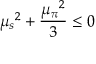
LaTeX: { \mu _ { s } } ^ { 2 } + \frac { { \mu _ { \pi } } ^ { 2 } } { 3 } \le 0